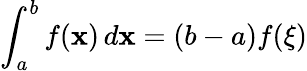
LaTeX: \int_{a}^{b}f(\mathbf{x})\, d\mathbf{x}=(b-a)f(\xi)